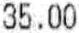
35.00